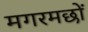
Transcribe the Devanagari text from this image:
मगरमछों